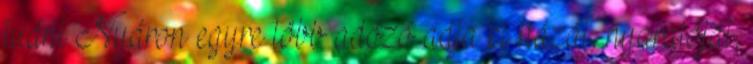
tudni Nyáron egyre több adózó adja ki házát, nyaralóját,